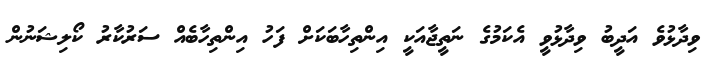
ވިދާޅުވެ އަދީބު ވިދާޅުވީ އެކަމުގެ ނަތީޖާއަކީ އިންތިހާބަކަށް ފަހު އިންތިހާބެއް ސަރުކާރު ކޯލިޝަނުން